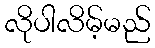
လိုပါလိမ့်မည်